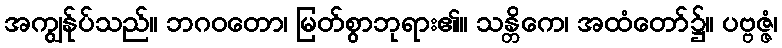
အကျွန်ုပ်သည်။ ဘဂဝတော၊ မြတ်စွာဘုရား၏။ သန္တိကေ၊ အထံတော်၌။ ပဗ္ဗဇ္ဇံ၊